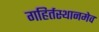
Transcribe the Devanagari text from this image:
गहिर्तस्थानमेव